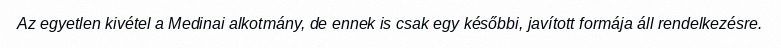
Az egyetlen kivétel a Medinai alkotmány, de ennek is csak egy későbbi, javított formája áll rendelkezésre.